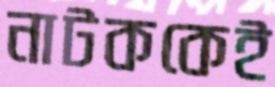
নাটককেই